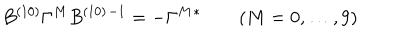
B ^ { ( 1 0 ) } \Gamma ^ { M } B ^ { ( 1 0 ) } { } ^ { - 1 } = - \Gamma ^ { M } { } ^ { * } \qquad ( M = 0 , \ldots , 9 )